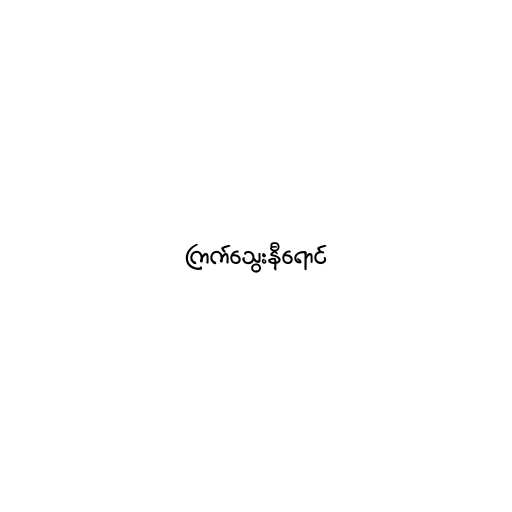
ကြက်သွေးနီရောင်